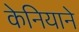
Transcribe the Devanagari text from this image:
केनियाने